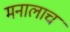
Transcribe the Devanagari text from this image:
मनालाच